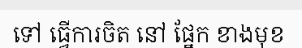
ទៅ ធ្វើការចិត នៅ ផ្នែក ខាងមុខ